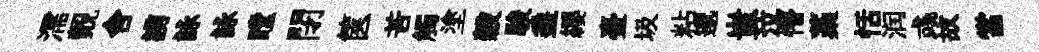
濡覿舎謭詠詠瞠閉篋苦觸塗穀駿埀纓臺圾粘邈蚩泣懵藁恬润彧故當